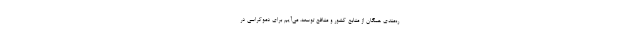
ره‌مندی همگان از منابع کشور و منافع توسعه. می‌آیم برای دموکراسی در